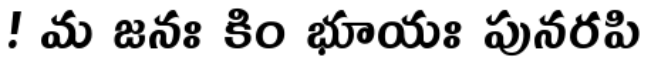
! మ జనః కిం భూయః పునరపి